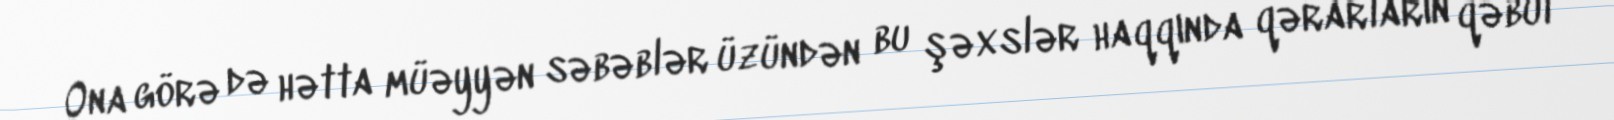
Ona görə də hətta müəyyən səbəblər üzündən bu şəxslər haqqında qərarların qəbul